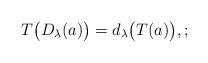
LaTeX: \begin{align*} T\big(D_\lambda(a)\big) = d_\lambda\big(T(a)\big), ; \end{align*}